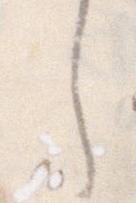
し